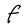
Character: F